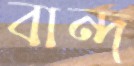
বান্দ